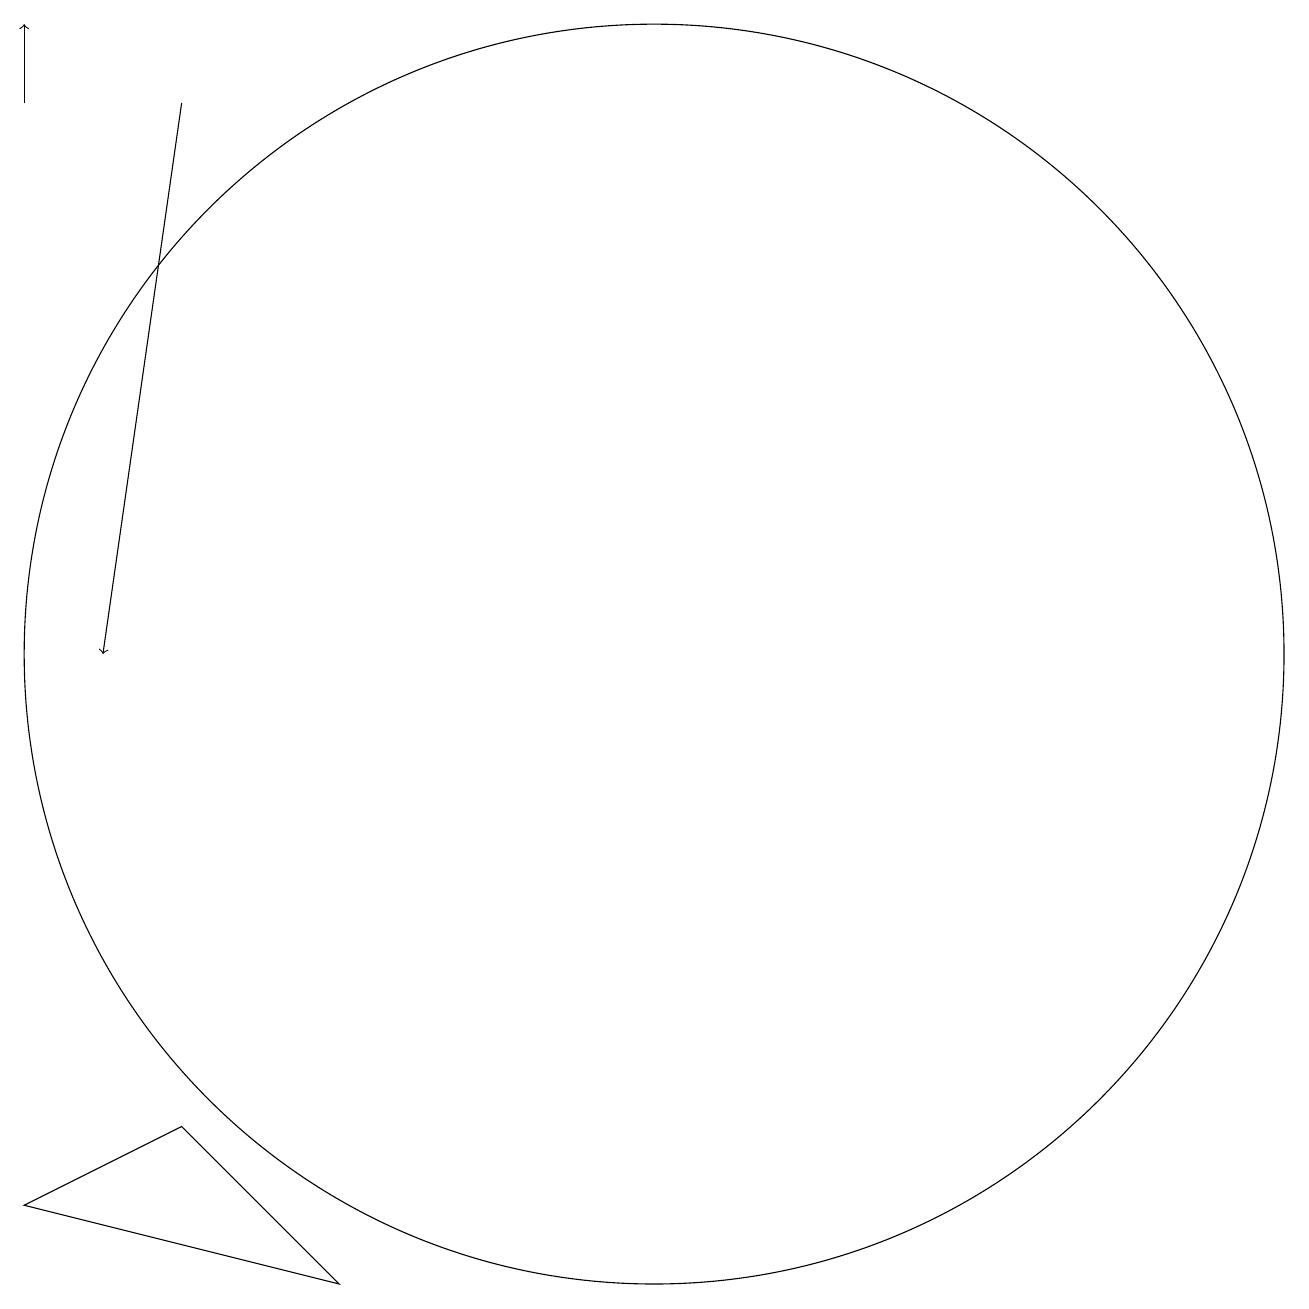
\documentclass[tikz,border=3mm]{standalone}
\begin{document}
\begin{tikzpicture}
\draw[->] (4,18) -- (4,19);
\draw (12,11) circle (8);
\draw (8,3) -- (4,4) -- (6,5) -- cycle;
\draw[->] (6,18) -- (5,11);
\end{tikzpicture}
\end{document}